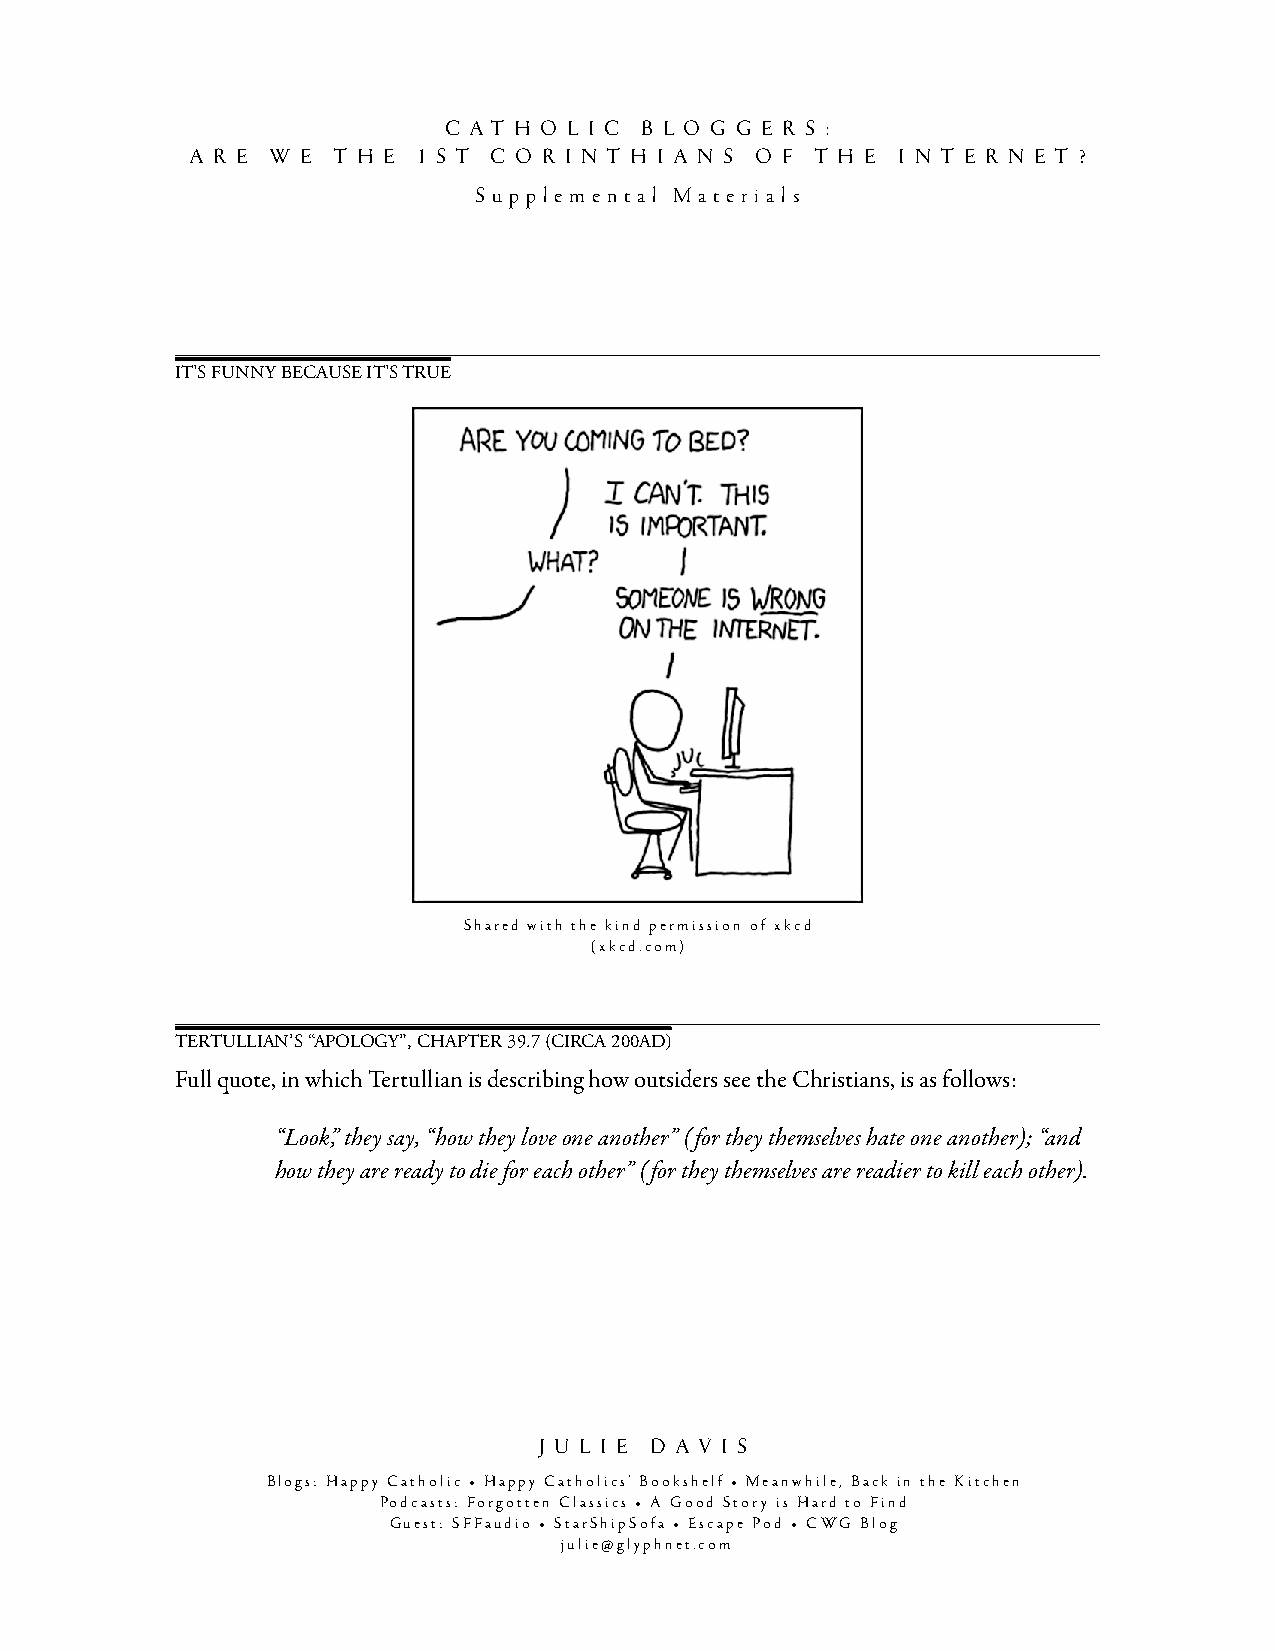
c a t h o l i c b l o g g e r s :
 a r e w e t h e 1 s t c o r i n t h i a n s o f t h e i n t e r n e t ?
 s u p p l e m e n t a l M a t e r i a l s
 It's funny because It's true
 Shared with the kind permission of xkcd
 (xkcd.com)
 tertullIan’s “apology”, chapter 39.7 (cIrca 200aD)
 Full quote, in which Tertullian is describing how outsiders see the Christians, is as follows:
 “Look,” they say, “how they love one another” (for they themselves hate one another); “and
 how they are ready to die for each other” (for they themselves are readier to kill each other).
 J u l i e D a v i s
 Blogs: Happy Catholic • Happy Catholics' Bookshelf • Meanwhile, Back in the Kitchen
 Podcasts: Forgotten Classics • A Good Story is Hard to Find
 Guest: SFFaudio • StarShipSofa • Escape Pod • CWG Blog
 julie@glyphnet.com